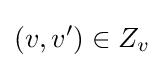
(v,v')\in Z_{v}